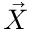
\vec { X }